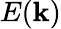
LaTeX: E(\mathbf{k})